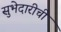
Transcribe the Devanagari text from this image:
सुभेदारीची